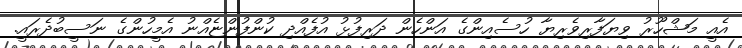
އެއީ މަޝްހޫރު ވިޔަފާރިވެރިޔާ ހުސެއިންގެ އަންހެން ދަރިފުޅު އުފެއްދި ކުންފުންޏެއްނު އެމީހުންގެ ނަސީބުދެރައީ.